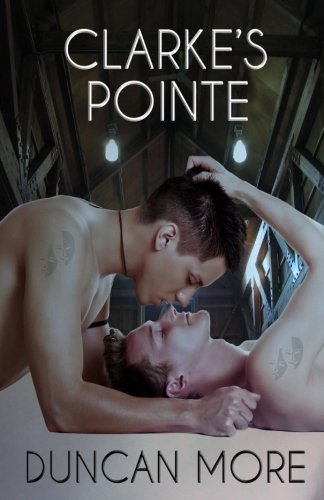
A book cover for Clarke's Pointe; Duncan More; Romance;